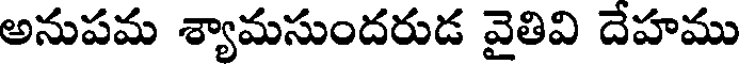
అనుపమ శ్యామసుందరుడ వైతివి దేహము